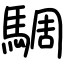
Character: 騆